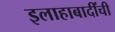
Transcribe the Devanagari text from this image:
इलाहाबादींची